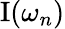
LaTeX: \operatorname{I}(\omega_{n})